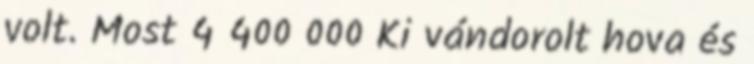
volt. Most 4 400 000 Ki vándorolt hova és